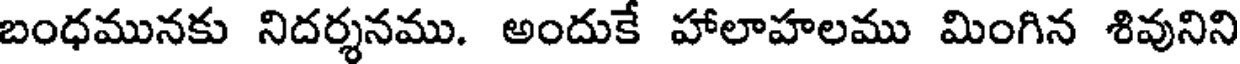
బంధమునకు నిదర్శనము. అందుకే హాలాహలము మింగిన శివునిని